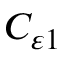
C _ { \varepsilon 1 }